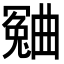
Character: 𣍍